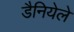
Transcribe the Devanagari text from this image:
डैनियेले